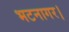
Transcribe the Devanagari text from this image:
भटनागर।